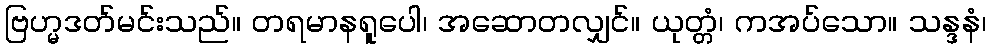
ဗြဟ္မဒတ်မင်းသည်။ တရမာနရူပေါ၊ အဆောတလျှင်။ ယုတ္တံ၊ ကအပ်သော။ သန္ဒနံ၊